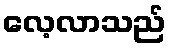
လေ့လာသည်